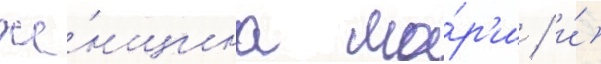
же́нщина ма́р'и / и́